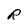
Character: R